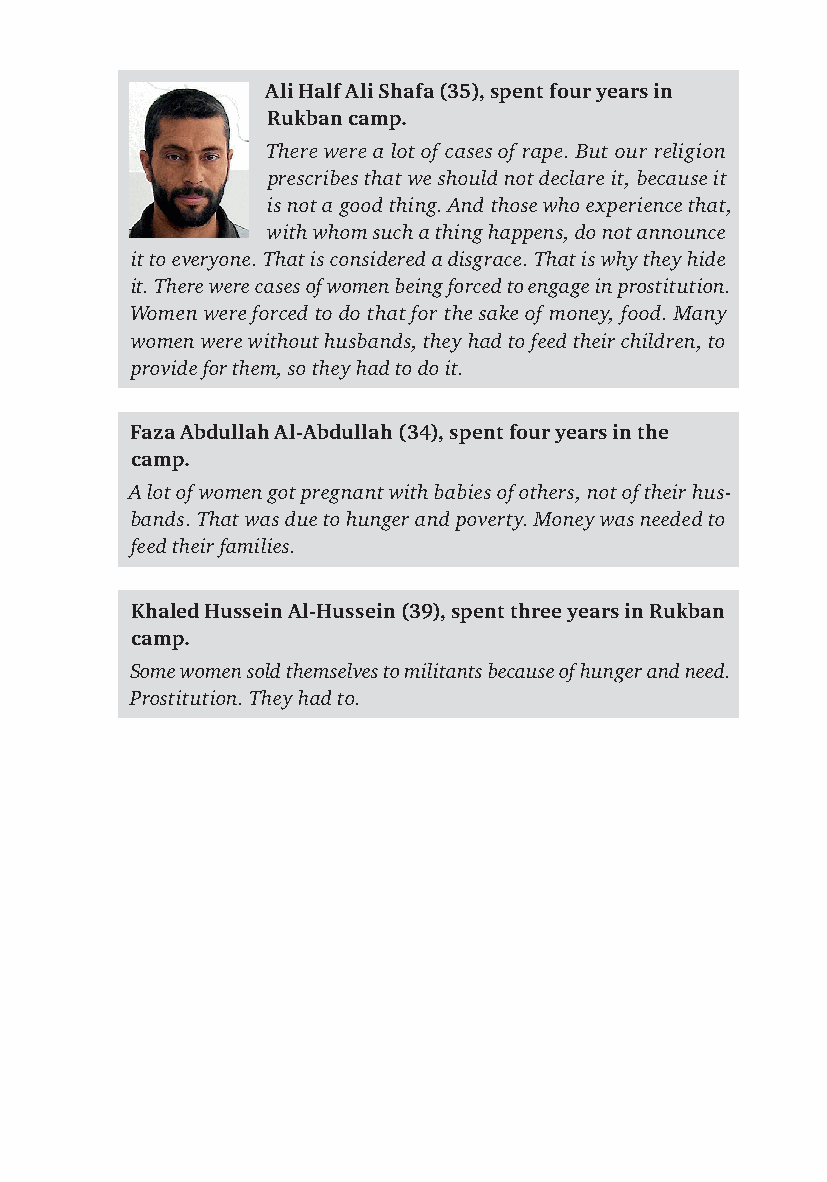
Ali Half Ali Shafa (35), spent four years in
 Rukban camp.
 There were a lot of cases of rape. But our religion
 prescribes that we should not declare it, because it
 is not a good thing. And those who experience that,
 with whom such a thing happens, do not announce
 it to everyone. That is considered a disgrace. That is why they hide
 it. There were cases of women being forced to engage in prostitution.
 Women were forced to do that for the sake of money, food. Many
 women were without husbands, they had to feed their children, to
 provide for them, so they had to do it.
 Faza Abdullah Al-Abdullah (34), spent four years in the
 camp.
 A lot of women got pregnant with babies of others, not of their hus-
 bands. That was due to hunger and poverty. Money was needed to
 feed their families.
 Khaled Hussein Al-Hussein (39), spent three years in Rukban
 camp.
 Some women sold themselves to militants because of hunger and need.
 Prostitution. They had to.